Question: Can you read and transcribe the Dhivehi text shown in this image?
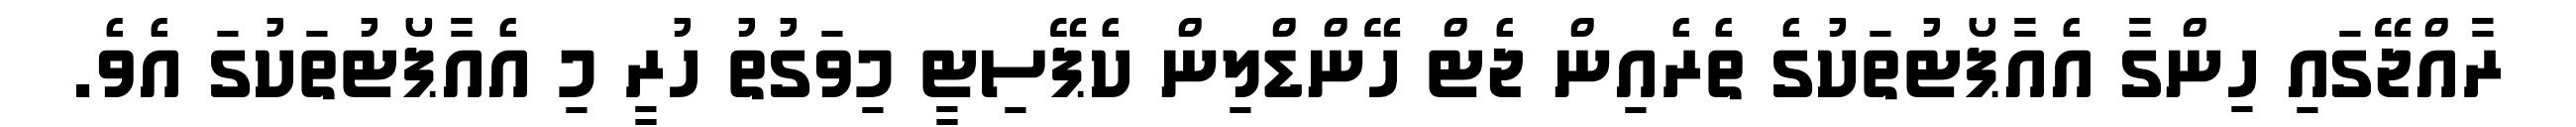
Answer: ރާއްޖޭގައި ހިންގާ އެއާޕޯޓުތަކުގެ ތެރެއިން ޖެޓް ހޭންޑްލިން ކެޕޭސިޓީ މިވަގުތު ހުރީ މި އެއާޕޯޓުތަކުގަ އެވެ.